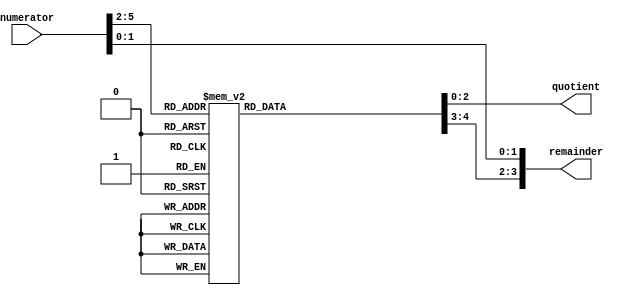
module divide_by12(
	input [5:0] numerator,  // value to be divided by 12
	output reg [2:0] quotient, 
	output [3:0] remainder
);

reg [1:0] remainder3to2;
always @(numerator[5:2])
case(numerator[5:2])
	 0: begin quotient=0; remainder3to2=0; end
	 1: begin quotient=0; remainder3to2=1; end
	 2: begin quotient=0; remainder3to2=2; end
	 3: begin quotient=1; remainder3to2=0; end
	 4: begin quotient=1; remainder3to2=1; end
	 5: begin quotient=1; remainder3to2=2; end
	 6: begin quotient=2; remainder3to2=0; end
	 7: begin quotient=2; remainder3to2=1; end
	 8: begin quotient=2; remainder3to2=2; end
	 9: begin quotient=3; remainder3to2=0; end
	10: begin quotient=3; remainder3to2=1; end
	11: begin quotient=3; remainder3to2=2; end
	12: begin quotient=4; remainder3to2=0; end
	13: begin quotient=4; remainder3to2=1; end
	14: begin quotient=4; remainder3to2=2; end
	15: begin quotient=5; remainder3to2=0; end
endcase

assign remainder[1:0] = numerator[1:0];  // the first 2 bits are copied through
assign remainder[3:2] = remainder3to2;  // and the last 2 bits come from the case statement
endmodule